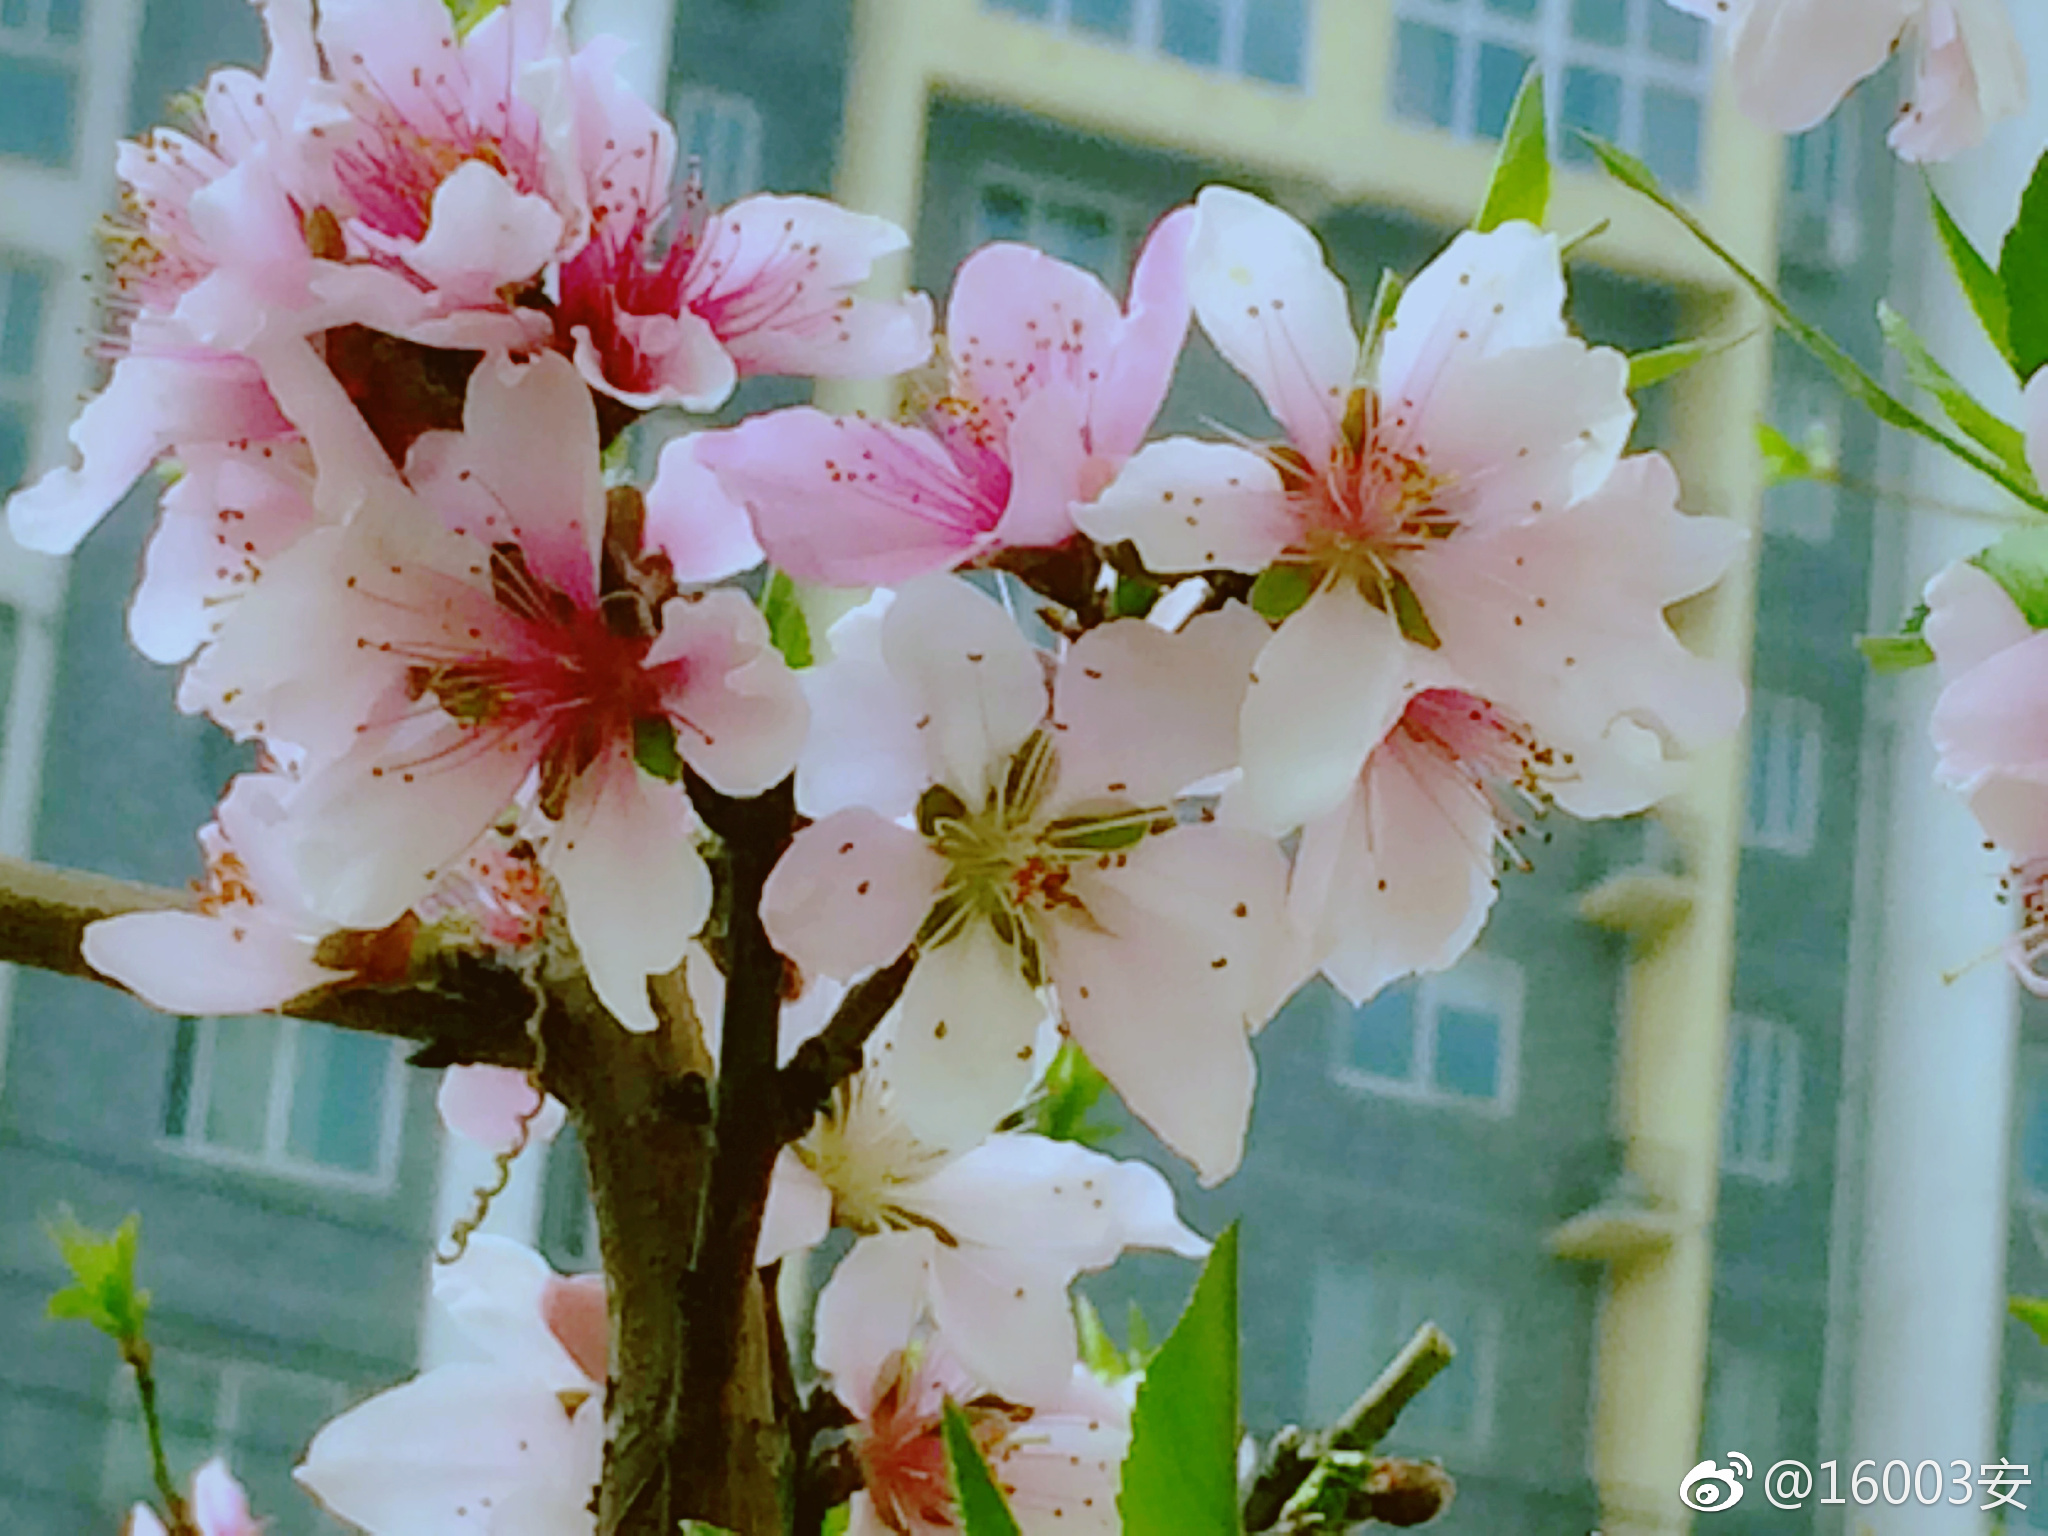
东风有恨致玄都，吹破枝头玉，夜月梨花也相妒。